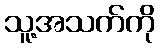
သူ့အသက်ကို